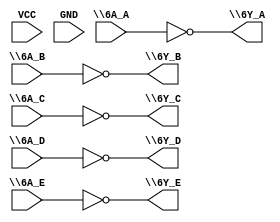
module part1 (
\6A_A ,
\6Y_A ,
VCC ,
GND ,
\6A_B ,
\6Y_B ,
\6A_C ,
\6Y_C ,
\6A_D ,
\6Y_D ,
\6A_E ,
// note: there is not a space character before the nl below
\6Y_E
 ) ;

input \6A_A ;
output \6Y_A ;
input VCC ;
input GND ;
input \6A_B ;
output \6Y_B ;
input \6A_C ;
output \6Y_C ;
input \6A_D ;
output \6Y_D ;
input \6A_E ;
output \6Y_E ;

assign \6Y_A  = ~\6A_A ;
assign \6Y_B  = ~\6A_B ;
assign \6Y_C  = ~\6A_C ;
assign \6Y_D  = ~\6A_D ;
assign \6Y_E  = ~\6A_E ;

endmodule